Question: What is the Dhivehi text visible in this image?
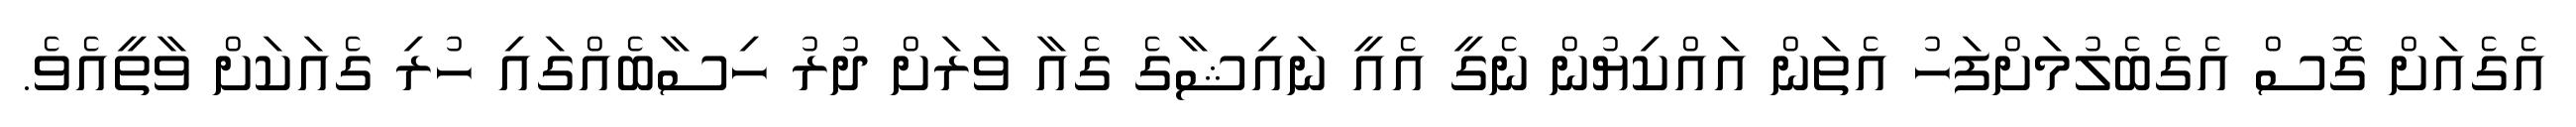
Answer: އެގެއަށް ގޮސް އެގެބެލުމަށްފަހު އެތަން އައްކިޔުން ނެގީ އެއީ ނައިޝާގެ ގެއާ ވަރަށް ދުރު ހިސާބެއްގައި ހުރި ގެއަކަށް ވާތީއެވެ.